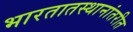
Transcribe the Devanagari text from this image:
भारतातस्थानांतरीत